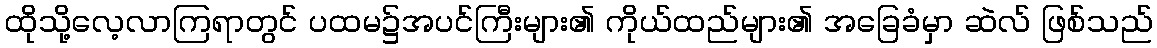
ထိုသို့လေ့လာကြရာတွင် ပထမ၌အပင်ကြီးများ၏ ကိုယ်ထည်များ၏ အခြေခံမှာ ဆဲလ် ဖြစ်သည်